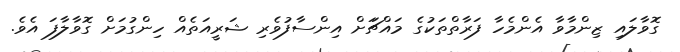
ގޮވާލައި ޒިންމާވާ އެންމެހާ ފަރާތްތަކުގެ މައްޗަަށް އިންސާފުވެރި ޝަރީއަތެއް ހިންގުމަށް ގޮވާލާފަ އެވެ.